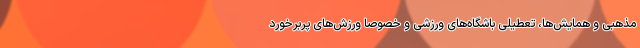
مذهبی و همایش‌ها، تعطیلی باشگاه‌های ورزشی و خصوصا ورزش‌های پربرخورد